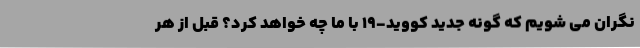
نگران می شویم که گونه جدید کووید-19 با ما چه خواهد کرد؟ قبل از هر